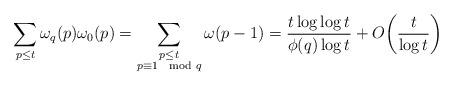
LaTeX: \begin{align*} \sum_{p \leq t} \omega_q(p) \omega_0(p) = \sum_{\substack{p \leq t \\ p \equiv 1 \mod q}} \omega(p-1) = \frac{t\log\log t}{\phi(q)\log t} + O\bigg(\frac{t}{\log t}\bigg)\end{align*}